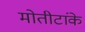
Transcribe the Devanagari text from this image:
मोतीटांके